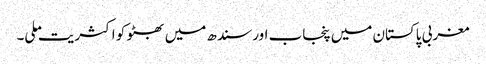
مغربی پاکستان میں پنجاب اور سندھ میں بھٹو کو اکثریت ملی۔